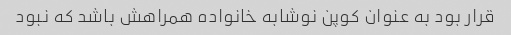
قرار بود به عنوان کوپن نوشابه خانواده همراهش باشد که نبود